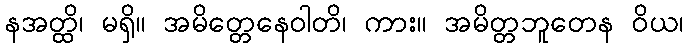
နအတ္ထိ၊ မရှိ။ အမိတ္တေနေဝါတိ၊ ကား။ အမိတ္တဘူတေန ဝိယ၊